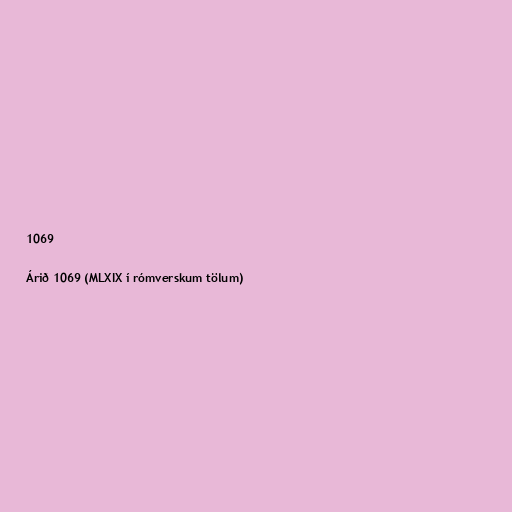
1069

Árið 1069 (MLXIX í rómverskum tölum)